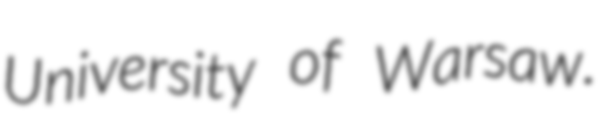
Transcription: University of Warsaw.